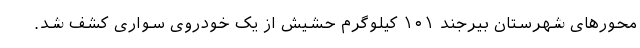
محورهای شهرستان بیرجند ۱۰۱ کیلوگرم حشیش از یک خودروی سواری کشف شد.